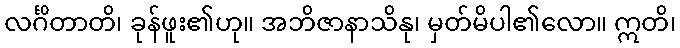
လင်္ဂိတာတိ၊ ခုန်ဖူး၏ဟု။ အဘိဇာနာသိနု၊ မှတ်မိပါ၏လော။ ဣတိ၊